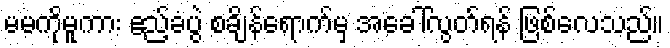
မမကိုမူကား ဧည့်ခံပွဲ စချိန်ရောက်မှ အခေါ်လွတ်ရန် ဖြစ်လေသည်။